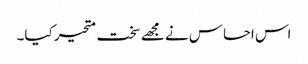
اس احساس نے مجھے سخت متحیر کیا۔